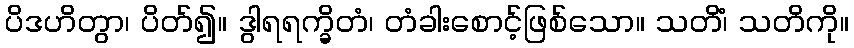
ပိဒဟိတွာ၊ ပိတ်၍။ ဒွါရရက္ခိတံ၊ တံခါးစောင့်ဖြစ်သော။ သတိံ၊ သတိကို။